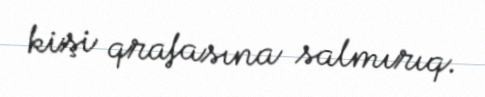
kişi qrafasına salmırıq.